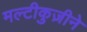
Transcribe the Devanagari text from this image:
मल्टीकुज़ीने